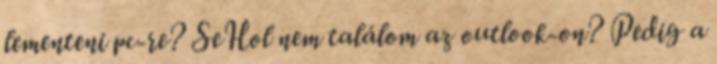
lementeni pc-re? SeHol nem találom az outlook-on? Pedig a